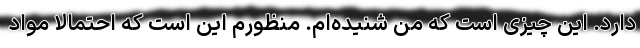
دارد. این چیزی است که من شنیده‌ام. منظورم این است که احتمالاً مواد